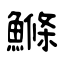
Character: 鰷